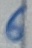
Text: 6